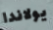
يولاندا